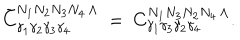
\tilde { C } _ { \gamma _ { 1 } \gamma _ { 2 } \gamma _ { 3 } \gamma _ { 4 } } ^ { N _ { 1 } N _ { 2 } N _ { 3 } N _ { 4 } \, \Lambda } \ = \ C _ { \gamma _ { 1 } \gamma _ { 3 } \gamma _ { 2 } \gamma _ { 4 } } ^ { N _ { 1 } N _ { 3 } N _ { 2 } N _ { 4 } \, \Lambda } .